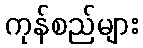
ကုန်စည်များ